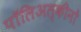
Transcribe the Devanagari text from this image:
पॉलिअल्कीनों